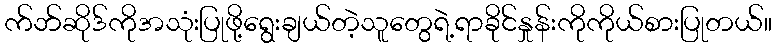
က်ဘ်ဆိုဒ်ကိုအသုံးပြုဖို့ရွေးချယ်တဲ့သူတွေရဲ့ရာခိုင်နှုန်းကိုကိုယ်စားပြုတယ်။